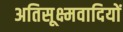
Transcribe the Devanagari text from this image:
अतिसूक्ष्मवादियों